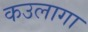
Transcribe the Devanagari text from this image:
कउलागा